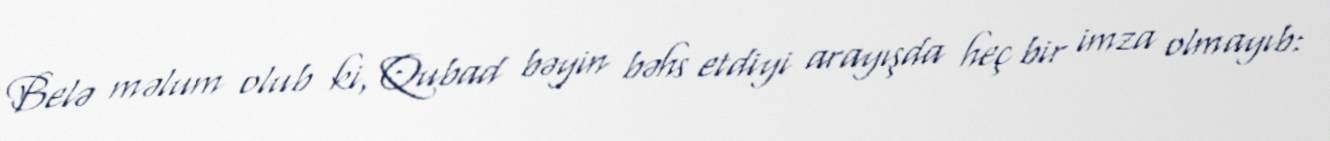
Belə məlum olub ki, Qubad bəyin bəhs etdiyi arayışda heç bir imza olmayıb: